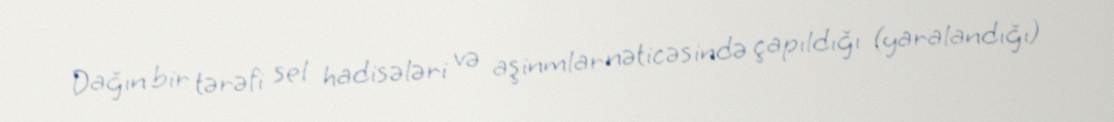
Dağın bir tərəfi sel hadisələri və aşinmlar nəticəsində çapıldığı (yaralandığı)